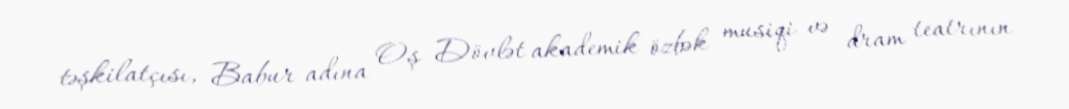
təşkilatçısı, Babur adına Oş Dövlət akademik özbək musiqi və dram teatrının